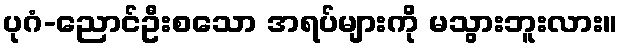
ပုဂံ-ညောင်ဦးစသော အရပ်များကို မသွားဘူးလား။